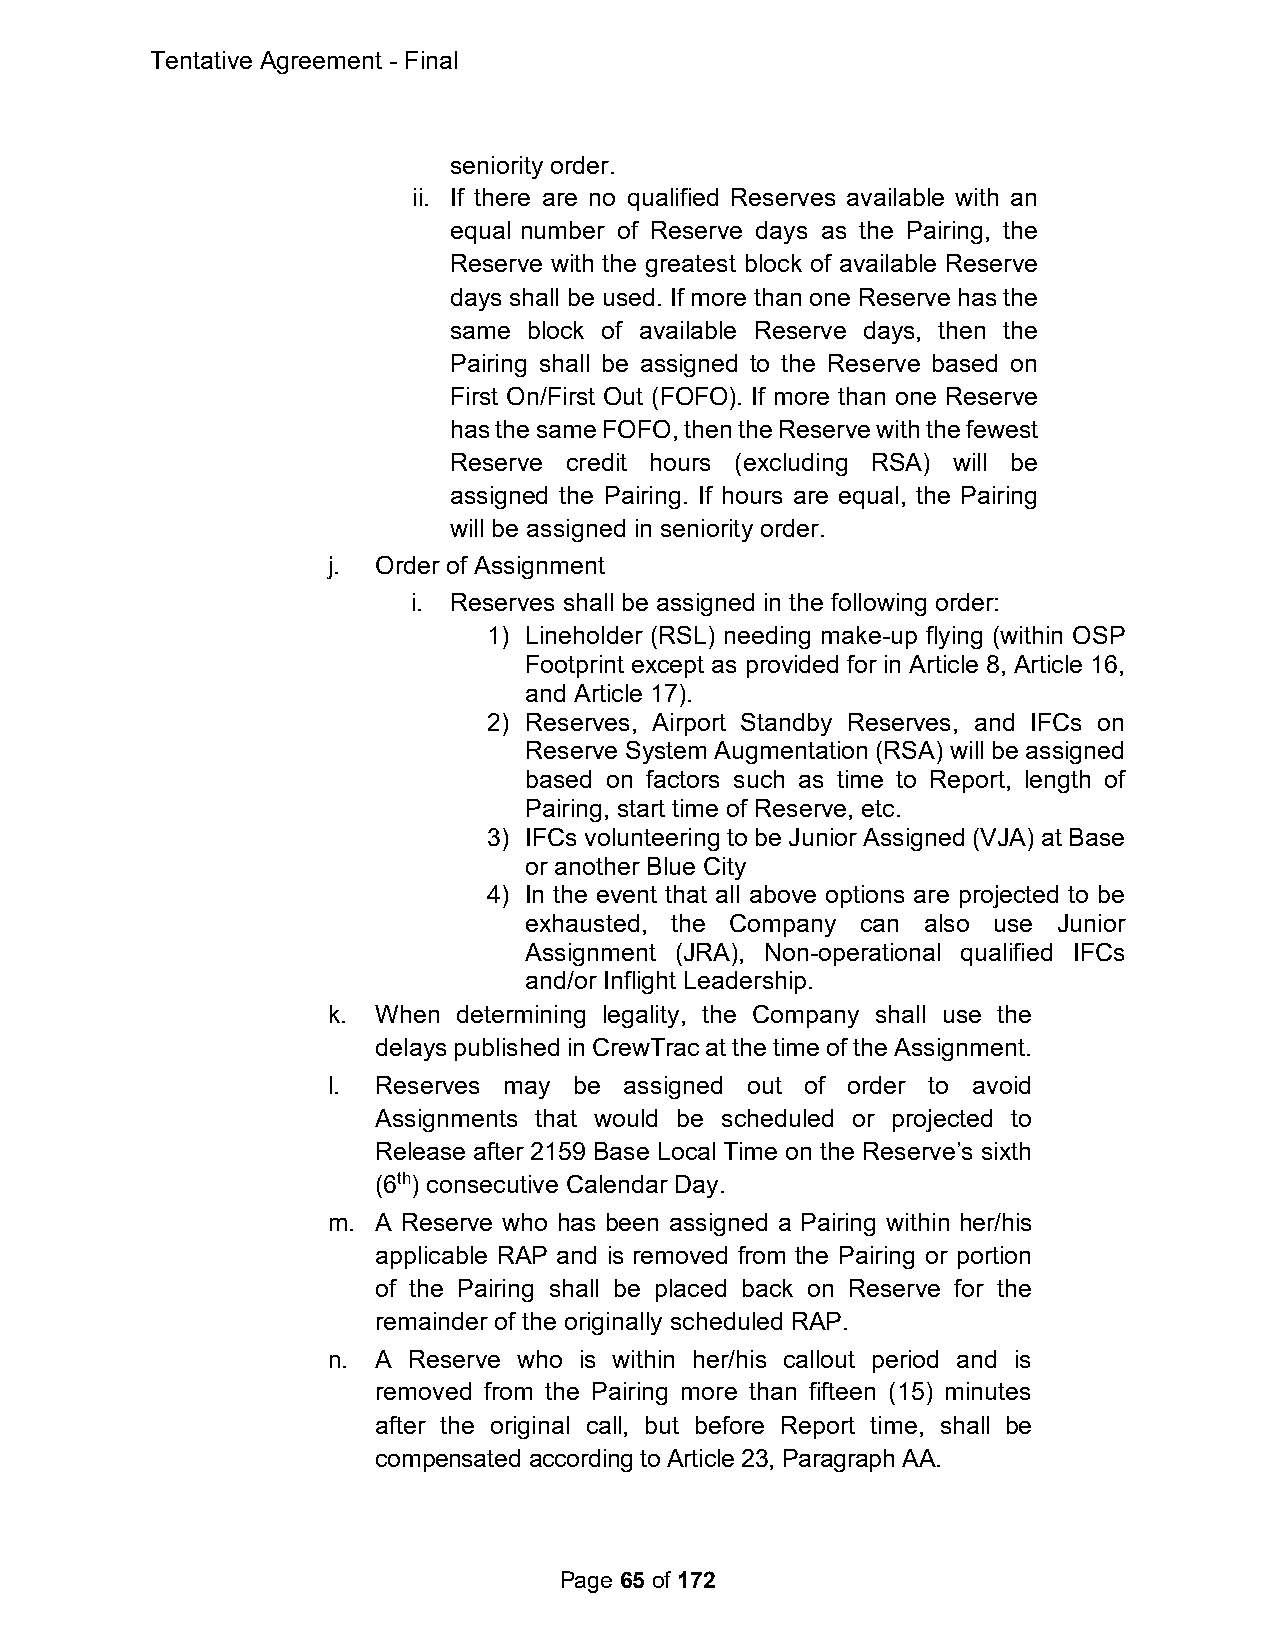
Tentative Agreement - Final
 seniority order.
 ii. If there are no qualified Reserves available with an
 equal number of Reserve days as the Pairing, the
 Reserve with the greatest block of available Reserve
 days shall be used. If more than one Reserve has the
 same block of available Reserve days, then the
 Pairing shall be assigned to the Reserve based on
 First On/First Out (FOFO). If more than one Reserve
 has the same FOFO, then the Reserve with the fewest
 Reserve credit hours (excluding RSA) will be
 assigned the Pairing. If hours are equal, the Pairing
 will be assigned in seniority order.
 j. Order of Assignment
 i. Reserves shall be assigned in the following order:
 1) Lineholder (RSL) needing make-up flying (within OSP
 Footprint except as provided for in Article 8, Article 16,
 and Article 17).
 2) Reserves, Airport Standby Reserves, and IFCs on
 Reserve System Augmentation (RSA) will be assigned
 based on factors such as time to Report, length of
 Pairing, start time of Reserve, etc.
 3) IFCs volunteering to be Junior Assigned (VJA) at Base
 or another Blue City
 4) In the event that all above options are projected to be
 exhausted, the Company can also use Junior
 Assignment (JRA), Non-operational qualified IFCs
 and/or Inflight Leadership.
 k. When determining legality, the Company shall use the
 delays published in CrewTrac at the time of the Assignment.
 l. Reserves may be assigned out of order to avoid
 Assignments that would be scheduled or projected to
 Release after 2159 Base Local Time on the Reserve’s sixth
 (6th) consecutive Calendar Day.
 m. A Reserve who has been assigned a Pairing within her/his
 applicable RAP and is removed from the Pairing or portion
 of the Pairing shall be placed back on Reserve for the
 remainder of the originally scheduled RAP.
 n. A Reserve who is within her/his callout period and is
 removed from the Pairing more than fifteen (15) minutes
 after the original call, but before Report time, shall be
 compensated according to Article 23, Paragraph AA.
 Page 65 of 172